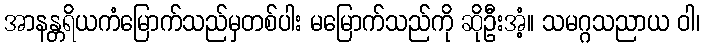
အာနန္တရိယကံမြောက်သည်မှတစ်ပါး မမြောက်သည်ကို ဆိုဦးအံ့။ သမဂ္ဂသညာယ ဝါ၊